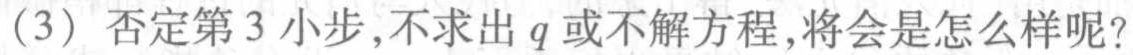
(3) 否定第3小步,不求出\(q\)或不解方程,将会是怎么样呢?